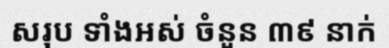
សរុប ទាំងអស់ ចំនួន ៣៩ នាក់